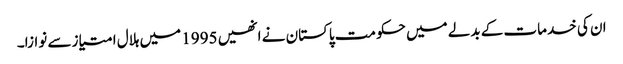
ان کی خدمات کے بدلے میں حکومت پاکستان نے انھیں 1995 میں ہلال امتیاز سے نوازا۔